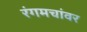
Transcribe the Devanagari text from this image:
रंगमचांवर